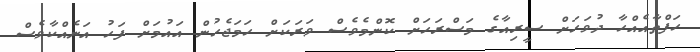
ހަފްތާއެއްހާ ދުވަހަށް ސީރިއާގެ މަސްރަހަށް ކޮންމެވެސް ވަރަކަށް ހަމަޖެހުން އައުމަށް ފަހު އަނެއްކާވެސް